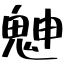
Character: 䰠